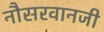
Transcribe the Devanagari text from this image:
नौसरवानजी